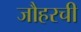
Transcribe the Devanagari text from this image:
जौहरची